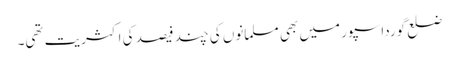
ضلع گورداسپور میں بھی مسلمانوں کی چند فیصد کی اکثریت تھی۔